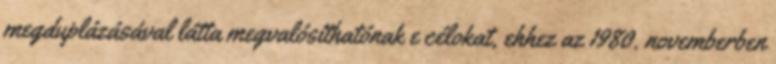
megduplázásával látta megvalósíthatónak e célokat, ehhez az 1980. novemberben